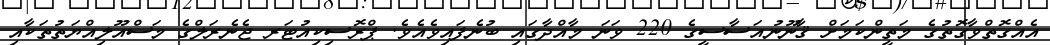
އެއްގޮތްވާގޮތުގެ މަތީންކަމަށް ޤާނޫނުއަސާސީގެ 220 ވަނަ މާއްދާގައި ބުނެފައިވެއެވެ. ޕްރޮސިކިއުޓަރ ޖެނެރަލްގެ މަސްއޫލިއްޔަތުތަކާއި